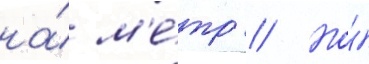
на́ м'е́тр // Но́